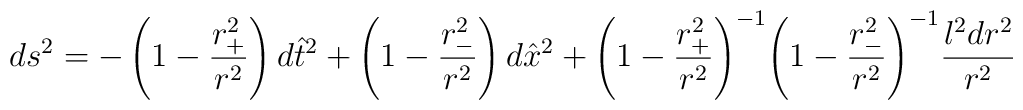
ds^2= -\left(1-\frac{r_{+}^2}{r^2} \right)d{\hat t}^2 +\left(1-\frac{r_{-}^2}{r^2} \right)d{\hat x}^2 +{\left(1-\frac{r_{+}^2}{r^2} \right)}^{-1} {\left(1-\frac{r_{-}^2}{r^2} \right)}^{-1}\frac{l^2 dr^2}{r^2}